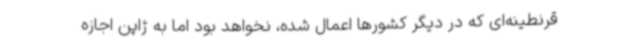
قرنطینه‌ای که در دیگر کشورها اعمال شده، نخواهد بود اما به ژاپن اجازه